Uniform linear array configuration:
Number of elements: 8
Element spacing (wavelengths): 1
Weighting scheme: hamming
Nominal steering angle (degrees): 15
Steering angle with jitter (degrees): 13.141
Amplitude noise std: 0.05
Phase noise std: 0.05

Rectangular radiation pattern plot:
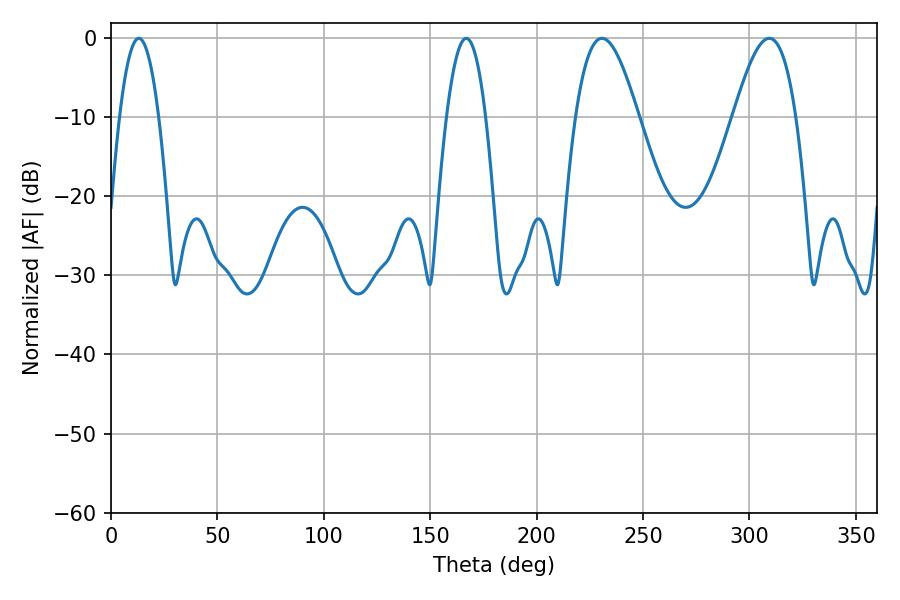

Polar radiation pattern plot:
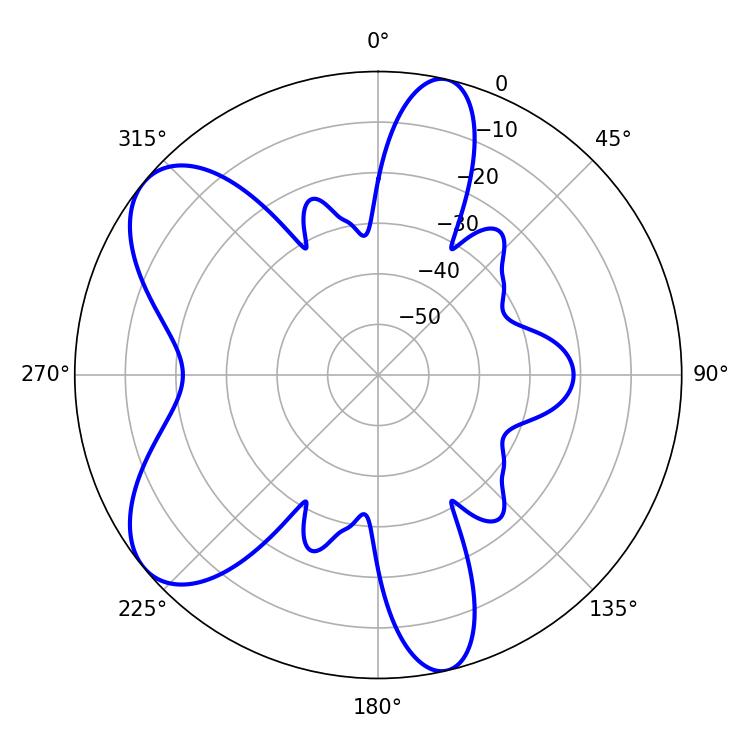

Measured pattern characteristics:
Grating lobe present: TRUE
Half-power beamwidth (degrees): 16.02
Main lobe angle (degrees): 230.76